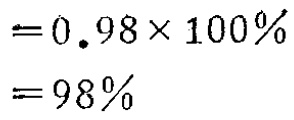
\begin{align*}

&= 0.98\times 100\%\\

&= 98\%

\end{align*}